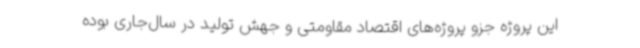
این پروژه جزو پروژه‌های اقتصاد مقاومتی و جهش تولید در سال‌جاری بوده